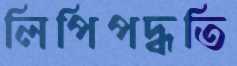
লিপিপদ্ধতি